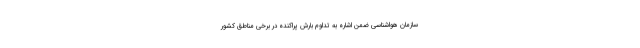
سازمان هواشناسی ضمن اشاره به تداوم بارش پراکنده در برخی مناطق کشور